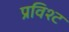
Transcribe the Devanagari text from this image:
प्रविश्ट